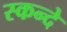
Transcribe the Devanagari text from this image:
स्कन्दे